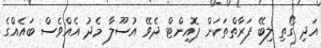
އަދި ގޯތި ލިބޭ ފަރާތްތަކަށް ޕޮއިންޓް ދެވޭ އުސޫލާ މެދު އެއްވެސް ބައެއްގެ